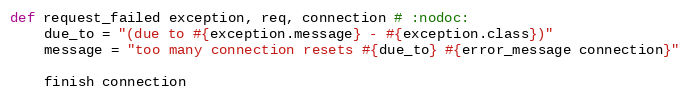
Language: Ruby
def request_failed exception, req, connection # :nodoc:
    due_to = "(due to #{exception.message} - #{exception.class})"
    message = "too many connection resets #{due_to} #{error_message connection}"

    finish connection